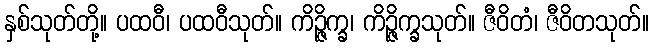
နှစ်သုတ်တို့။ ပထဝီ၊ ပထဝီသုတ်။ ကိဉ္ဇိက္ခ၊ ကိဉ္ဇိက္ခသုတ်။ ဇီဝိတံ၊ ဇီဝိတသုတ်။